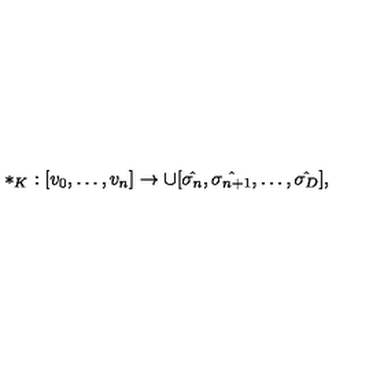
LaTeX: * _ { K } : [ v _ { 0 } , \dots , v _ { n } ] \to \cup [ \hat { \sigma _ { n } } , \hat { \sigma _ { n + 1 } } , \dots , \hat { \sigma _ { D } } ] ,